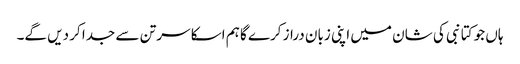
ہاں جو کتا نبی کی شان میں اپنی زبان دراز کرے گا ہم اسکا سر تن سے جدا کر دیں گے۔